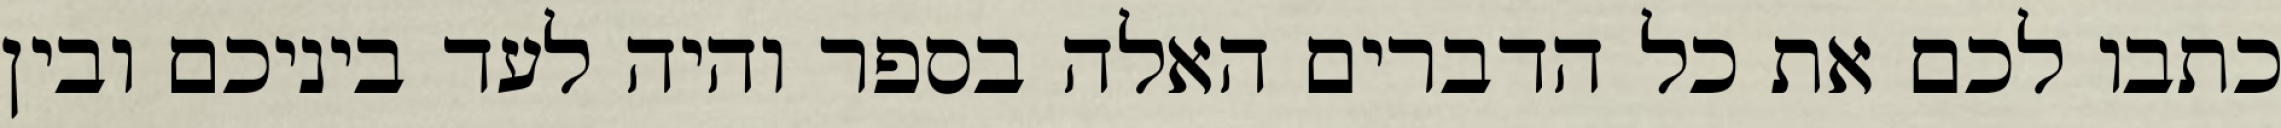
כתבו לכם את כל הדברים האלה בספר והיה לעד ביניכם ובין